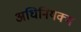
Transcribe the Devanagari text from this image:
अधिनियक्म